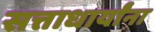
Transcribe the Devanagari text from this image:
सत्ताधार्यांना